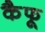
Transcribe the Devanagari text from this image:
कैफू